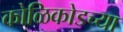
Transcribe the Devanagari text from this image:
कोळिकोडच्या